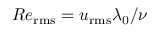
R e _ { \mathrm { r m s } } = u _ { \mathrm { r m s } } \lambda _ { 0 } / \nu